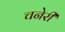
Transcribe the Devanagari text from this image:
चनेरी